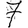
Digit: 7